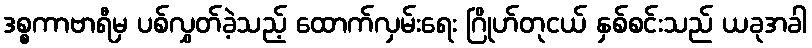
ဒစ္စကာဗာရီမှ ပစ်လွှတ်ခဲ့သည့် ထောက်လှမ်းရေး ဂြိုဟ်တုငယ် နှစ်စင်းသည် ယခုအခါ